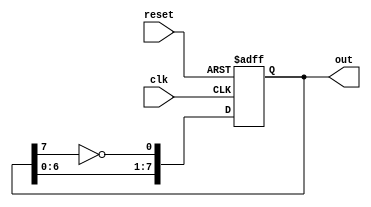
// Design a 8-bit Johnson Counter.

module johnson_counter_8(out, clk, reset);
output reg [7:0] out;
input clk, reset;

always @(negedge clk or posedge reset)
begin
    if (reset)
    begin
    out[7:0] <= 'b0;
    end
    else
    begin
        out[0] <= ~out[7];
        out[7:1] <= out[6:0];
    end

end
endmodule